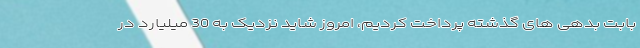
بابت بدهی های گذشته پرداخت کردیم، امروز شاید نزدیک به 30 میلیارد در